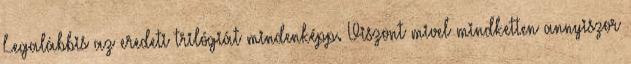
Legalábbis az eredeti trilógiát mindenképp. Viszont mivel mindketten annyiszor